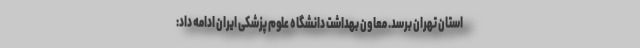
استان تهران برسد. معاون بهداشت دانشگاه علوم پزشکی ایران ادامه داد: